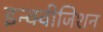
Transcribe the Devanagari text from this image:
इन्क्वीजिशन